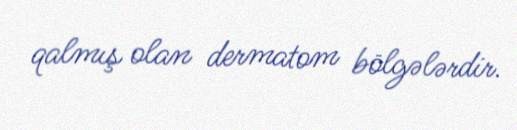
qalmış olan dermatom bölgələrdir.